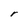
Character: r